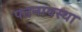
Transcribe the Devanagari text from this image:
पतनावस्था